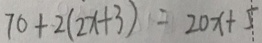
7 0 + 2 ( 2 x + 3 ) = 2 0 x + 5